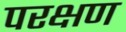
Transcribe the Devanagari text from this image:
परक्षण